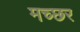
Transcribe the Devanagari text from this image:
मच्‍छर